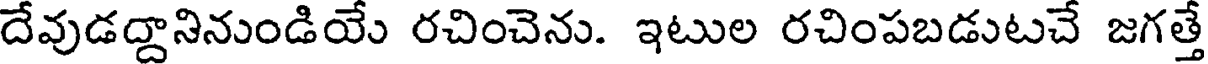
దేవుడద్దానినుండియే రచించెను. ఇటుల రచింపబడుటచే జగత్తే